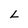
Character: L